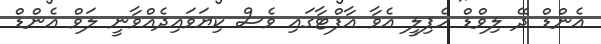
އެންޑް ދޭ ލިވްޑް ހެޕިލީ އެވާ އާފްޓާގައި ވެސް ކިޔަވައިދެއްވާނީ ލަވް އެންޑް